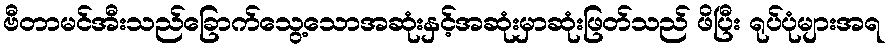
ဗီတာမင်အီးသည်ခြောက်သွေ့သောအဆုံးနှင့်အဆုံးမှာဆုံးဖြတ်သည် ဖိပြီး ရုပ်ပုံများအရ